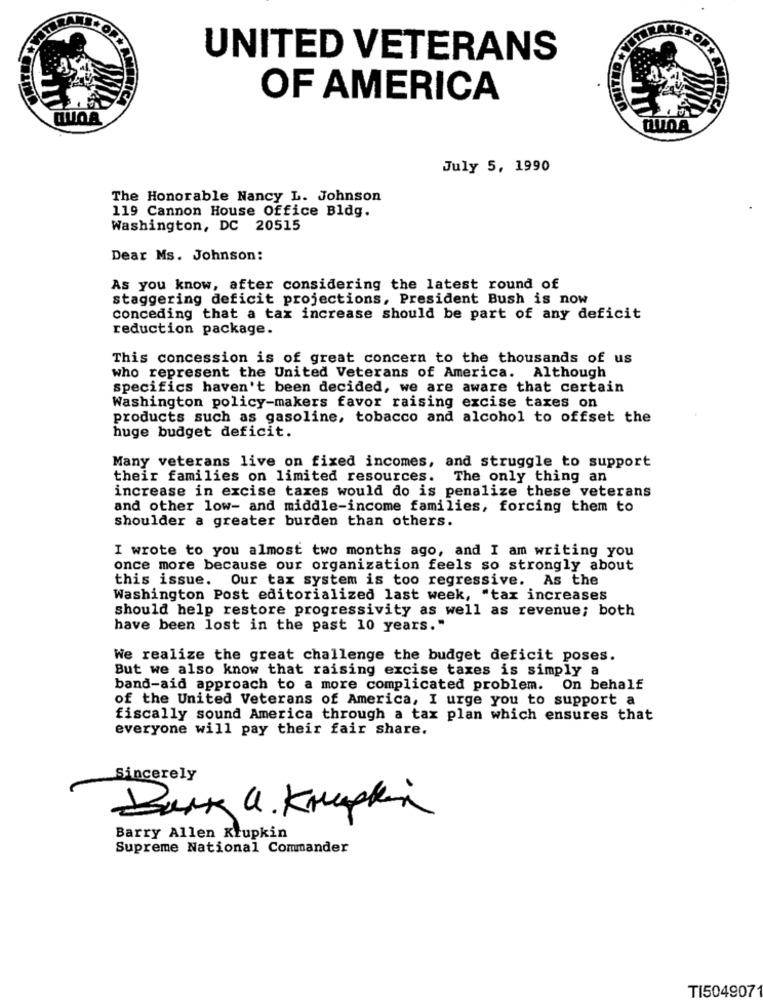
UNITED VETERANS
OF AMERICA
AMERICA
July 5, 1990
The Honorable Nancy L. Johnson
119 Cannon House Office Bldg.
Washington, DC 20515
Dear Ms. Johnson:
As you know, after considering the latest round of
staggering deficit projections, President Bush is now
conceding that a tax increase should be part of any deficit
reduction package.
This concession is of great concern to the thousands of us
who represent the United Veterans of America. Although
specifics haven't been decided, we are aware that certain
Washington policy-makers favor raising excise taxes on
products such as gasoline, tobacco and alcohol to offset the
huge budget deficit.
Many veterans live on fixed incomes, and struggle to support
their families on limited resources.
The only thing an
increase in excise taxes would do is penalize these veterans
and other low- and middle-income families, forcing them to
shoulder a greater burden than others.
I wrote to you almost two months ago, and I am writing you
once more because our organization feels so strongly about
this issue. Our tax system is too regressive. As the
Washington Post editorialized last week, "tax increases
should help restore progressivity as well as revenue; both
have been lost in the past 10 years."
We realize the great challenge the budget deficit poses.
But we also know that raising excise taxes is simply a
band-aid approach to a more complicated problem. On behalf
of the United Veterans of America, I urge you to support a
fiscally sound America through a tax plan which ensures that
everyone will pay their fair share.
Sincerely
Dark a. Kroppen
Barry Allen Krupkin
Supreme National Commander
TI504907